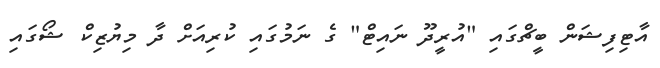
އާޓިފިޝަން ބީޗްގައި "އުރީދޫ ނައިޓް" ގެ ނަމުގައި ކުރިއަށް ދާ މިޔުޒިކް ޝޯގައި